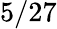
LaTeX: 5/27